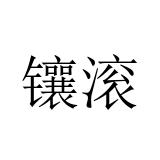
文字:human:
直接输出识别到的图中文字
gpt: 镶滚